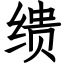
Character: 缋